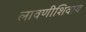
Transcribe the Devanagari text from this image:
लावणीशिवाय